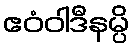
ဧဝံဝါဒီနမ္ပိ